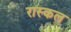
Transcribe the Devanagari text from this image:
रास्कल